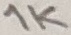
Text: 1K